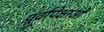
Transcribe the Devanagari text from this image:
पूर्वापेक्षाओं